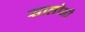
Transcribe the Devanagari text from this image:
सालोनी